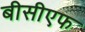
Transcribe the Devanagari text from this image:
बीसीएफ